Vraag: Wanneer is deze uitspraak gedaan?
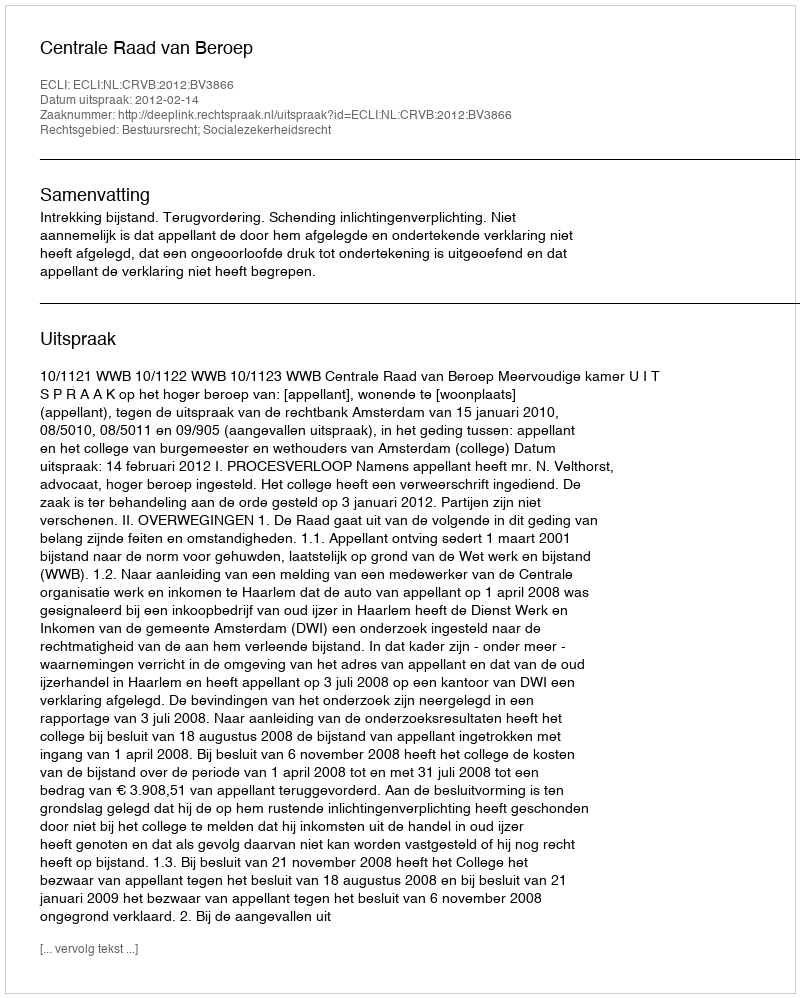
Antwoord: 2012-02-14